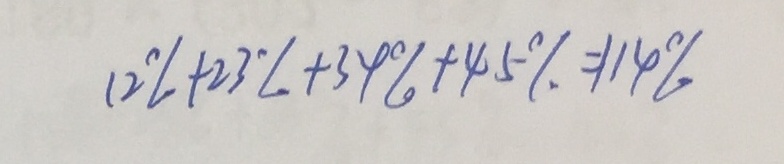
1 2 \% + 2 3 \% + 3 4 \% + 4 5 \% = 1 1 4 \%